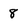
Character: 8